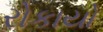
રોકાયો